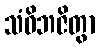
သံဝိဘဇိတွာ